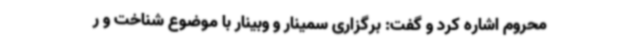
محروم اشاره کرد و گفت: برگزاری سمینار و وبینار با موضوع شناخت و ر